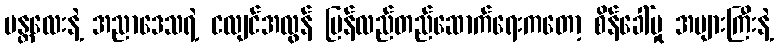
မန္တလေးနဲ့ အညာဒေသရဲ့ ငလျင်အလွန် ပြန်လည်တည်ဆောက်ရေးကတော့ စိန်ခေါ်မှု အများကြီးနဲ့